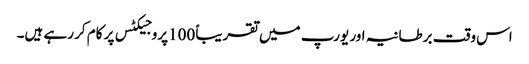
اس وقت برطانیہ اور یورپ میں تقریباً 100پروجیکٹس پر کام کر رہے ہیں۔